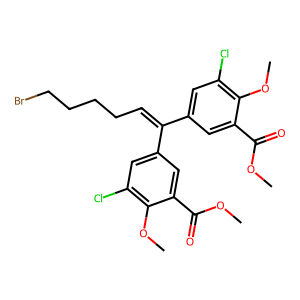
SMILES: COC(=O)c1cc(C(=CCCCCBr)c2cc(Cl)c(OC)c(C(=O)OC)c2)cc(Cl)c1OC
Inhibits HIV replication: Yes